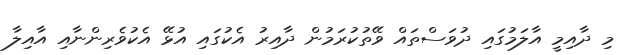
މި ދާއިމީ އާލަމުގައި ދުވަސްތައް ވޭތުކުރަމުން ދާއިރު އެކުގައި އުޅޭ އެކުވެރިންނާއި އާއިލާ